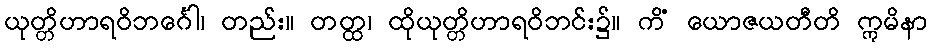
ယုတ္တိဟာရဝိဘင်္ဂေါ၊ တည်း။ တတ္ထ၊ ထိုယုတ္တိဟာရဝိဘင်း၌။ ကိံ ယောဇယတီတိ ဣမိနာ